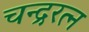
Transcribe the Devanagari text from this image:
चन्द्ररत्न